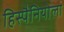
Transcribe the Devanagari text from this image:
हिस्पैनियोला